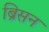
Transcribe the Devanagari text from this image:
ब्रिसन